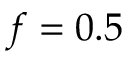
f = 0 . 5